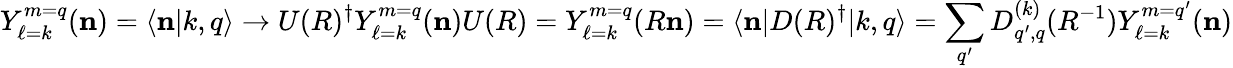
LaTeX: Y_{\ell=k}^{m=q}(\mathbf{n})=\langle\mathbf{n}|k,q\rangle\rightarrow U(R)^{\dagger}Y_{\ell=k}^{m=q}(\mathbf{n})U(R)=Y_{\ell=k}^{m=q}(R\mathbf{n})=\langle\mathbf{n}|D(R)^{\dagger}|k,q\rangle=\sum_{q^{\prime}}D_{q^{\prime},q}^{(k)}(R^{-1})Y_{\ell=k}^{m=q^{\prime}}(\mathbf{n})